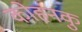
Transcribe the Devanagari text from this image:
कोहनकु